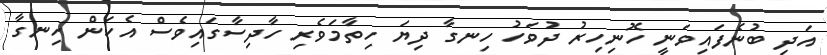
އަދި ބުނެފައިވަނީ ހޮނިހިރު ދުވަހު ހިނގާ ދިޔަ ހިތާމަވެރި ހާދިސާގައިވެސް އެކަން ހިނގާ